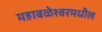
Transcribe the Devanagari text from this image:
महाबळेश्वरमधील